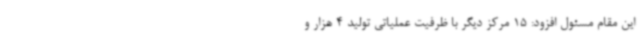
این مقام مسئول افزود: 15 مرکز دیگر با ظرفیت عملیاتی تولید 4 هزار و